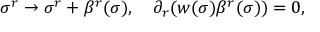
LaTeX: \sigma ^ { r } \rightarrow \sigma ^ { r } + \beta ^ { r } ( \sigma ) , ~ ~ ~ \partial _ { r } ( w ( \sigma ) \beta ^ { r } ( \sigma ) ) = 0 ,